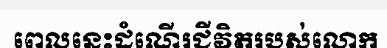
ពេលនេះដំណើរជីវិតរបស់លោក